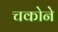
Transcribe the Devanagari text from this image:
चकोने